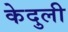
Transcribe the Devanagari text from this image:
केदुली